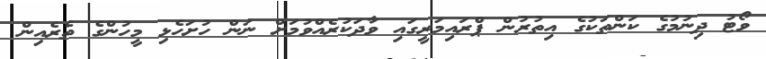
ވޯޓު ދިނުމުގެ ކަންތަކުގެ އިތުރުން ޕްރައިމަރީގައި ވާދަކުރެއްވުމަށް ނަން ހުށަހެޅި މީހުންގެ ތެރެއިން